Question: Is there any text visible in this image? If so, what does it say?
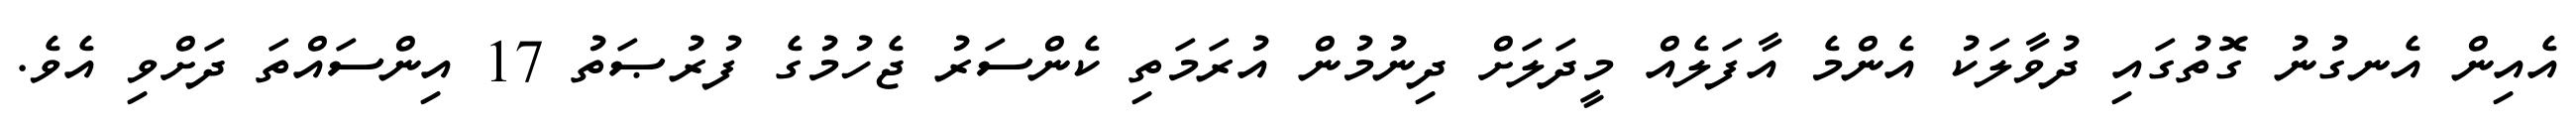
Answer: އެއިން އެނގުނު ގޮތުގައި ދުވާލަކު އެންމެ އާފަލެއް މީދަލަށް ދިނުމުން އުރަމަތި ކެންސަރު ޖެހުމުގެ ފުރުޞަތު 17 އިންސައްތަ ދަށްވި އެވެ.